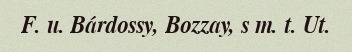
F. u. Bárdossy, Bozzay, s m. t. Ut.